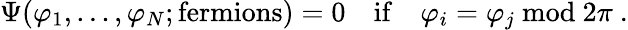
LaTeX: \Psi(\varphi_{1},...,\varphi_{N};\mathrm{fermions})=0\quad\mathrm{if}\quad\varphi_{i}=\varphi_{j}\ \mathrm{mod}\ 2\pi\ .